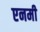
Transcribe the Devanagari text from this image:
एनमी